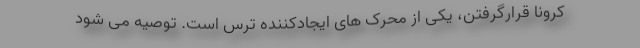
کرونا قرارگرفتن، یکی از محرک های ایجادکننده ترس است. توصیه می شود